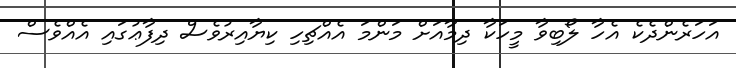
އަހަރެންދެކެ އެހާ ލޯބިވާ މީހަކާ ދިމާއަށް މަންމަ އެއްޗިހި ކިޔާއިރުވެސް ދިފާޢުގައި އެއްވެސް